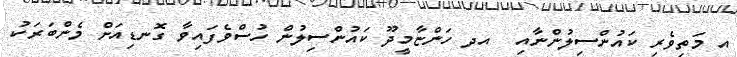
އ މަތިވެރި ކައުންސިލުންނާއި  އދ ހަންޏާމީދޫ ކައުންސިލުން ހުސްވެފައިވާ ގޮނޑިއަށް މެންބަރަކު